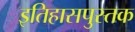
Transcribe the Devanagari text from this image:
इतिहासपुस्तक